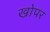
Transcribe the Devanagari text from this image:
खोपर